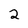
Character: 2